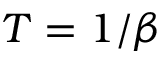
T = 1 / \beta